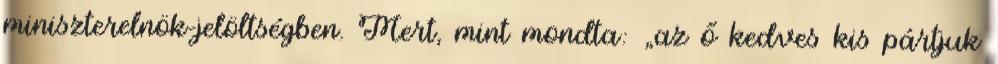
miniszterelnök-jelöltségben. Mert, mint mondta: „az ő ked­ves kis pártjuk